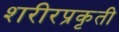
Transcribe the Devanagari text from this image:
शरीरप्रकृती